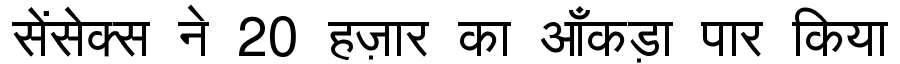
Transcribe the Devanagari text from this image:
सेंसेक्स ने 20 हज़ार का आँकड़ा पार किया